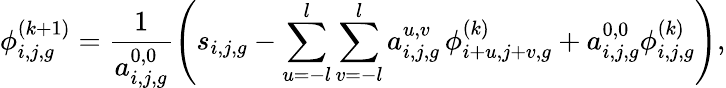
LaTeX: \phi_{i,j,g}^{(k+1)}=\frac{1}{a_{i,j,g}^{0,0}}\left(s_{i,j,g}-\sum_{u=-l}^{l}\sum_{v=-l}^{l}a_{i,j,g}^{u,v}\, \phi_{i+u,j+v,g}^{(k)}+a_{i,j,g}^{0,0}\phi_{i,j,g}^{(k)}\right),